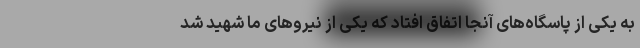
به یکی از پاسگاه‌های آنجا اتفاق افتاد که یکی از نیروهای ما شهید شد